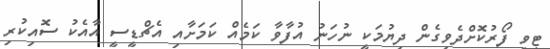
ޓީވީ ފޯރުކޮށްދެވިގެން ދިޔުމަކީ ނުހަނު އުފާވާ ކަމެއް ކަމަށާއި އެޗްޑީސީ އާއެކު ސޮއިކުރި